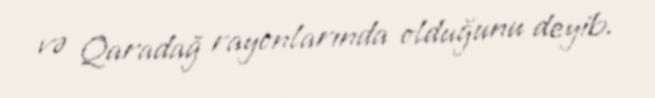
və Qaradağ rayonlarında olduğunu deyib.